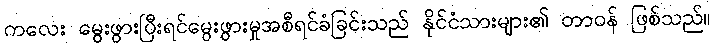
ကလေး မွေးဖွားပြီးရင်မွေးဖွားမှုအစီရင်ခံခြင်းသည် နိုင်ငံသားများ၏ တာဝန် ဖြစ်သည်။